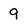
Character: 9